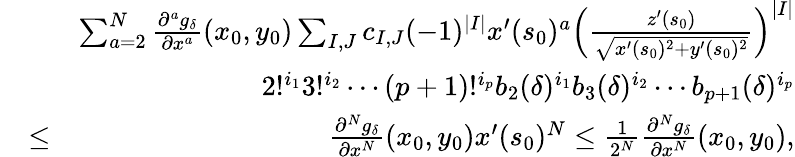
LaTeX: \begin{array}{rlr}&{}&{\sum_{a=2}^{N}\frac{\partial^{a}g_{\delta}}{\partial x^{a}}(x_{0},y_{0})\sum_{I,J}c_{I,J}(-1)^{|I|}x^{\prime}(s_{0})^{a}\left(\frac{z^{\prime}(s_{0})}{\sqrt{x^{\prime}(s_{0})^{2}+y^{\prime}(s_{0})^{2}}}\right)^{|I|}}\\ &{}&{2!^{i_{1}}3!^{i_{2}}\cdots(p+1)!^{i_{p}}b_{2}(\delta)^{i_{1}}b_{3}(\delta)^{i_{2}}\cdots b_{p+1}(\delta)^{i_{p}}}\\ &{\leq}&{\frac{\partial^{N}g_{\delta}}{\partial x^{N}}(x_{0},y_{0})x^{\prime}(s_{0})^{N}\leq\frac{1}{2^{N}}\frac{\partial^{N}g_{\delta}}{\partial x^{N}}(x_{0},y_{0}),}\end{array}